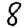
Digit: 8